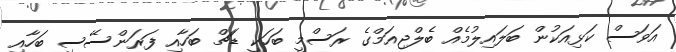
އަވަސް ކަޅިއަކުން ބަލައިލުމެއް ބެލްޖިއަމްގެ ރަސްމީ ބަހަކީ ޑަޗް ބަހާއި ފަރަންސޭސި ބަހާއި